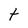
Character: t